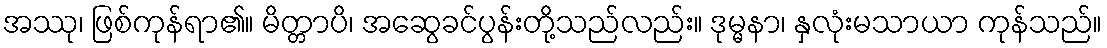
အဿု၊ ဖြစ်ကုန်ရာ၏။ မိတ္တာပိ၊ အဆွေခင်ပွန်းတို့သည်လည်း။ ဒုမ္မနာ၊ နှလုံးမသာယာ ကုန်သည်။